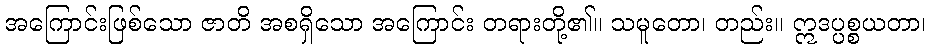
အကြောင်းဖြစ်သော ဇာတိ အစရှိသော အကြောင်း တရားတို့၏။ သမူတော၊ တည်း။ ဣဒပ္ပစ္စယတာ၊